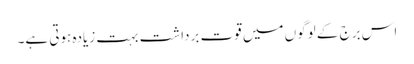
اس برج کے لوگوں میں قوت برداشت بہت زیادہ ہوتی ہے۔